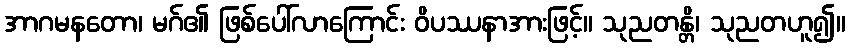
အာဂမနတော၊ မဂ်၏ ဖြစ်ပေါ်လာကြောင်း ဝိပဿနာအားဖြင့်။ သုညတန္တိ၊ သုညတဟူ၍။